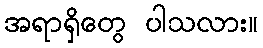
အရာရှိတွေ ပါသလား။